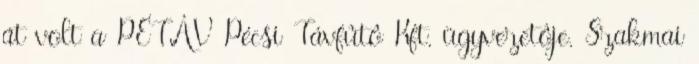
át volt a PÉTÁV Pécsi Távfûtô Kft. ügyvezetôje. Szakmai